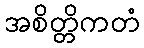
အစိတ္တိကတံ